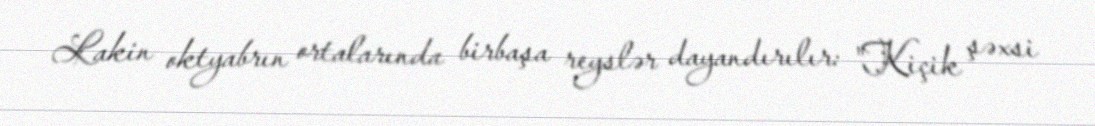
Lakin oktyabrın ortalarında birbaşa reyslər dayandırılır: "Kiçik şəxsi